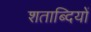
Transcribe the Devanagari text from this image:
शताब्‍दियों